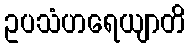
ဥပသံဟရေယျာတိ